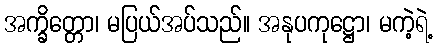
အက္ခိတ္တော၊ မပြယ်အပ်သည်။ အနုပကုဋ္ဌော၊ မကဲ့ရဲ့